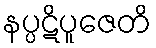
နပ္ပဋိပူဇေတိ